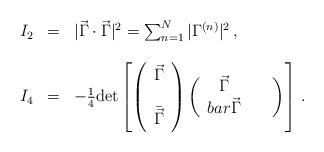
LaTeX: \begin{align*}\begin{array}{rcl}I_{2} & = & |\vec{\Gamma}\cdot\vec{\Gamma}|^{2} =\sum_{n=1}^{N}|\Gamma^{(n)}|^{2}\, ,\\& & \\I_{4} & = & -\frac{1}{4}{\rm det}\left[\left(\begin{array}{c}\vec{\Gamma}\\\\\bar{\vec{\Gamma}}\\\end{array}\right)\left(\begin{array}{cc}\vec{\Gamma}& \ \ \\bar{\vec{\Gamma}}\\\end{array}\right)\right]\, .\end{array}\end{align*}